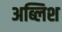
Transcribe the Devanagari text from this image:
अब्लिश